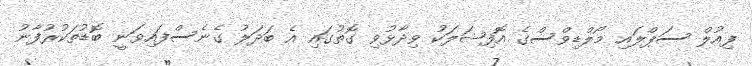
ފިއުލް ސަޕްލައި މޯލްޑިވްސްގެ އޮފިޝަލަކު ވިދާޅުވި ގޮތުގައި އެ ބަދަލު ގެނެސްފައިވަނީ ބޮޑުތަކުރުފާނު